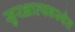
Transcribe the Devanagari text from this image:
सुरक्षाव्यवस्थेत